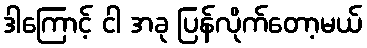
ဒါကြောင့် ငါ အခု ပြန်လိုက်တော့မယ်